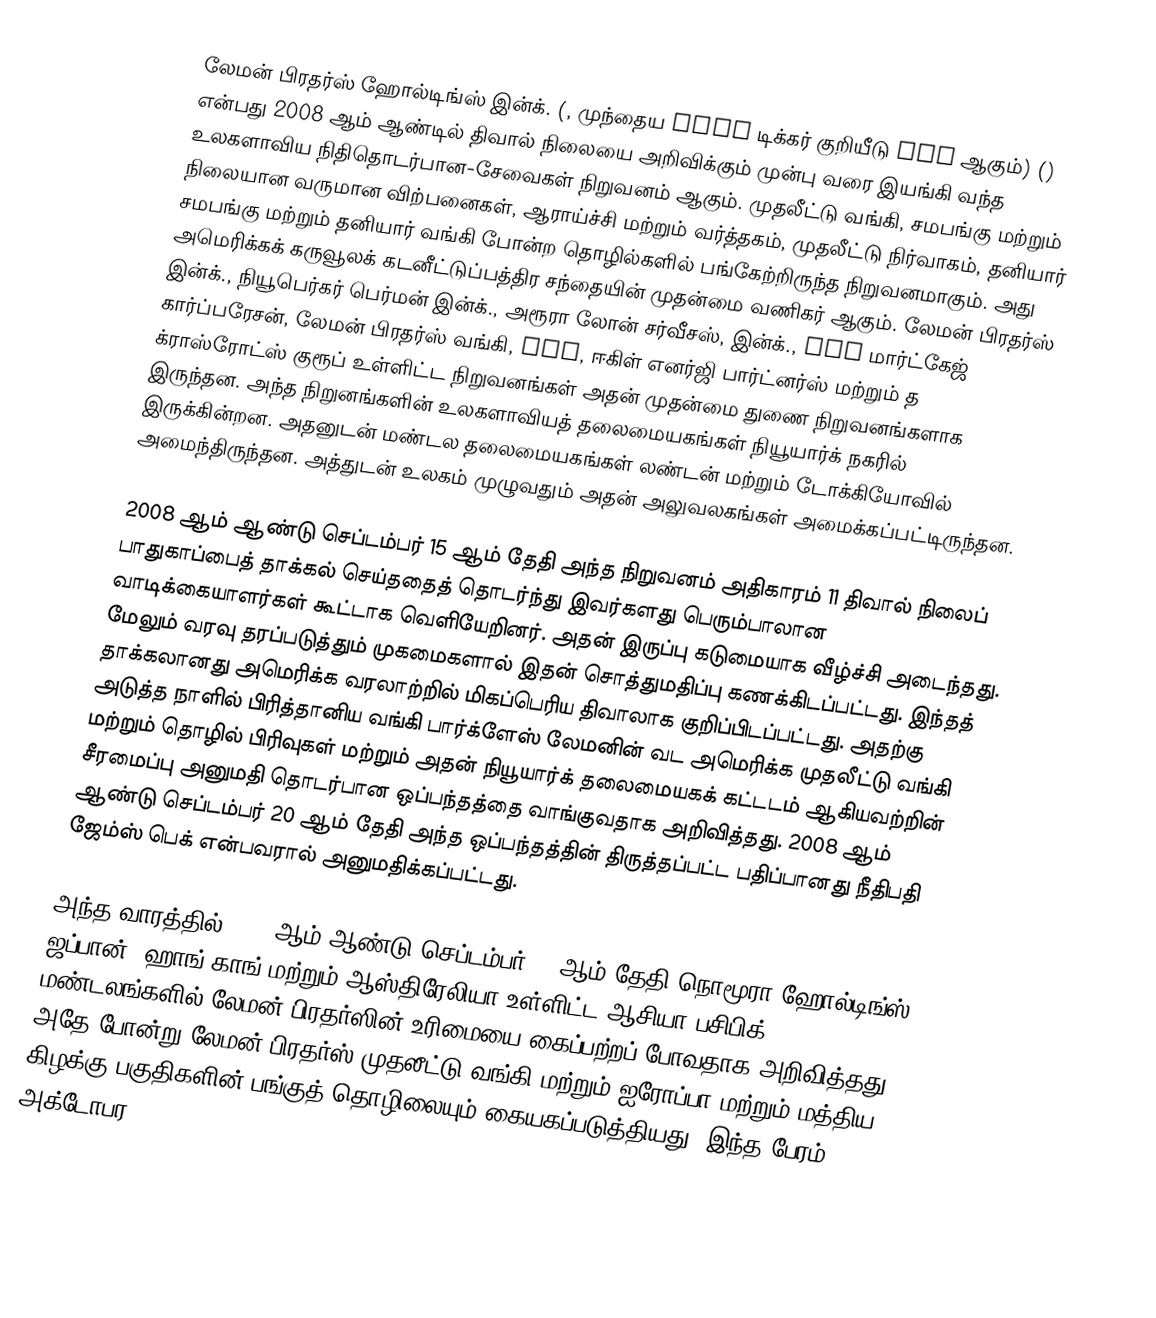
லேமன் பிரதர்ஸ் ஹோல்டிங்ஸ் இன்க். (, முந்தைய NYSE டிக்கர் குறியீடு LEH ஆகும்) () என்பது 2008 ஆம் ஆண்டில் திவால் நிலையை அறிவிக்கும் முன்பு வரை இயங்கி வந்த உலகளாவிய நிதிதொடர்பான-சேவைகள் நிறுவனம் ஆகும். முதலீட்டு வங்கி, சமபங்கு மற்றும் நிலையான வருமான விற்பனைகள், ஆராய்ச்சி மற்றும் வர்த்தகம், முதலீட்டு நிர்வாகம், தனியார் சமபங்கு மற்றும் தனியார் வங்கி போன்ற தொழில்களில் பங்கேற்றிருந்த நிறுவனமாகும். அது அமெரிக்கக் கருவூலக் கடனீட்டுப்பத்திர சந்தையின் முதன்மை வணிகர் ஆகும். லேமன் பிரதர்ஸ் இன்க்., நியூபெர்கர் பெர்மன் இன்க்., அரூரா லோன் சர்வீசஸ், இன்க்., SIB மார்ட்கேஜ் கார்ப்பரேசன், லேமன் பிரதர்ஸ் வங்கி, FSB, ஈகிள் எனர்ஜி பார்ட்னர்ஸ் மற்றும் த க்ராஸ்ரோட்ஸ் குரூப் உள்ளிட்ட நிறுவனங்கள் அதன் முதன்மை துணை நிறுவனங்களாக இருந்தன. அந்த நிறுனங்களின் உலகளாவியத் தலைமையகங்கள் நியூயார்க் நகரில் இருக்கின்றன. அதனுடன் மண்டல தலைமையகங்கள் லண்டன் மற்றும் டோக்கியோவில் அமைந்திருந்தன. அத்துடன் உலகம் முழுவதும் அதன் அலுவலகங்கள் அமைக்கப்பட்டிருந்தன.

2008 ஆம் ஆண்டு செப்டம்பர் 15 ஆம் தேதி அந்த நிறுவனம் அதிகாரம் 11 திவால் நிலைப் பாதுகாப்பைத் தாக்கல் செய்ததைத் தொடர்ந்து இவர்களது பெரும்பாலான வாடிக்கையாளர்கள் கூட்டாக வெளியேறினர். அதன் இருப்பு கடுமையாக வீழ்ச்சி அடைந்தது. மேலும் வரவு தரப்படுத்தும் முகமைகளால் இதன் சொத்துமதிப்பு கணக்கிடப்பட்டது. இந்தத் தாக்கலானது அமெரிக்க வரலாற்றில் மிகப்பெரிய திவாலாக குறிப்பிடப்பட்டது. அதற்கு அடுத்த நாளில் பிரித்தானிய வங்கி பார்க்ளேஸ் லேமனின் வட அமெரிக்க முதலீட்டு வங்கி மற்றும் தொழில் பிரிவுகள் மற்றும் அதன் நியூயார்க் தலைமையகக் கட்டடம் ஆகியவற்றின் சீரமைப்பு அனுமதி தொடர்பான ஒப்பந்தத்தை வாங்குவதாக அறிவித்தது. 2008 ஆம் ஆண்டு செப்டம்பர் 20 ஆம் தேதி அந்த ஒப்பந்தத்தின் திருத்தப்பட்ட பதிப்பானது நீதிபதி ஜேம்ஸ் பெக் என்பவரால் அனுமதிக்கப்பட்டது.

அந்த வாரத்தில் 2008 ஆம் ஆண்டு செப்டம்பர் 22 ஆம் தேதி நொமூரா ஹோல்டிங்ஸ் ஜப்பான், ஹாங் காங் மற்றும் ஆஸ்திரேலியா உள்ளிட்ட ஆசியா பசிபிக் மண்டலங்களில் லேமன் பிரதர்ஸின் உரிமையை கைப்பற்றப் போவதாக அறிவித்தது. அதே போன்று லேமன் பிரதர்ஸ் முதலீட்டு வங்கி மற்றும் ஐரோப்பா மற்றும் மத்திய கிழக்கு பகுதிகளின் பங்குத் தொழிலையும் கையகப்படுத்தியது. இந்த பேரம் அக்டோபர